Report on vaccination in the Province of Bengal - 1869-1873
Year: 1869
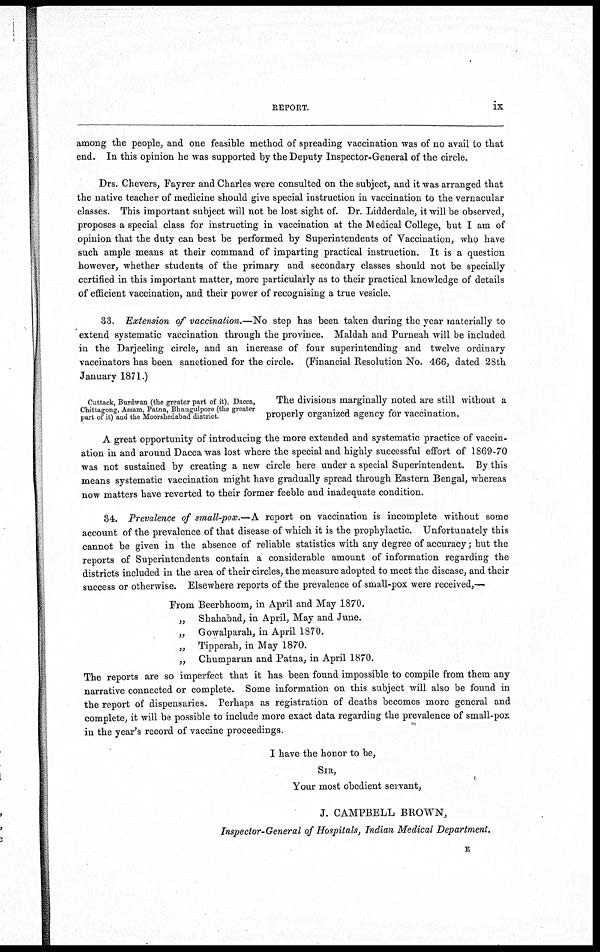
REPORT.
ix
among the people, and one feasible method of spreading vaccination was of no avail to that
end. In this opinion he was supported by the Deputy Inspector-General of the circle.
Drs. Chevers, Fayrer and Charles were consulted on the subject, and it was arranged that
the native teacher of medicine should give special instruction in vaccination to the vernacular
classes. This important subject will not be lost sight of. Dr. Lidderdale, it will be observed,
proposes a special class for instructing in vaccination at the Medical College, but I am of
opinion that the duty can best be performed by Superintendents of Vaccination, who have
such ample means at their command of imparting practical instruction. It is a question
however, whether students of the primary and secondary classes should not be specially
certified in this important matter, more particularly as to their practical knowledge of details
of efficient vaccination, and their power of recognising a true vesicle.
33. Extension of vaccination.—No step has been taken during the year materially to
extend systematic vaccination through the province. Maldah and Purneah will be included
in the Darjeeling circle, and an increase of four superintending and twelve ordinary
vaccinators has been sanctioned for the circle. (Financial Resolution No. 466, dated 28th
January 1871.)
Cattack, Burdwan (the greater part of it), Dacca,
Chittagong, Assam, Patna, Bhaugulpore (the greater
part of it) and the Moorshedabad district.
The divisions marginally noted are still without a
properly organized agency for vaccination.
A great opportunity of introducing the more extended and systematic practice of vaccin-
ation in and around Dacca was lost where the special and highly successful effort of 1869-70
was not sustained by creating a new circle here under a special Superintendent. By this
means systematic vaccination might have gradually spread through Eastern Bengal, whereas
now matters have reverted to their former feeble and inadequate condition.
34. Prevalence of small-pox.—A report on vaccination is incomplete without some
account of the prevalence of that disease of which it is the prophylactic. Unfortunately this
cannot be given in the absence of reliable statistics with any degree of accuracy; but the
reports of Superintendents contain a considerable amount of information regarding the
districts included in the area of their circles, the measure adopted to meet the disease, and their
success or otherwise. Elsewhere reports of the prevalence of small-pox were received,-—
From Beerbhoom, in April and May 1870.
„ Shahabad, in April, May and June.
„
Gowalparah, in April 1870.
„ Tipperah, in May 1870.
„ Chumparun and Patna, in April 1870.
The reports are so imperfect that it has been found impossible to compile from them any
narrative connected or complete. Some information on this subject will also be found in
the report of dispensaries. Perhaps as registration of deaths becomes more general and
complete, it will be possible to include more exact data regarding the prevalence of small-pox
in the year's record of vaccine proceedings.
I have the honor to be,
SIR,
Your most obedient servant,
J. CAMPBELL BROWN,
Inspector-General of Hospitals, Indian Medical Department.
E